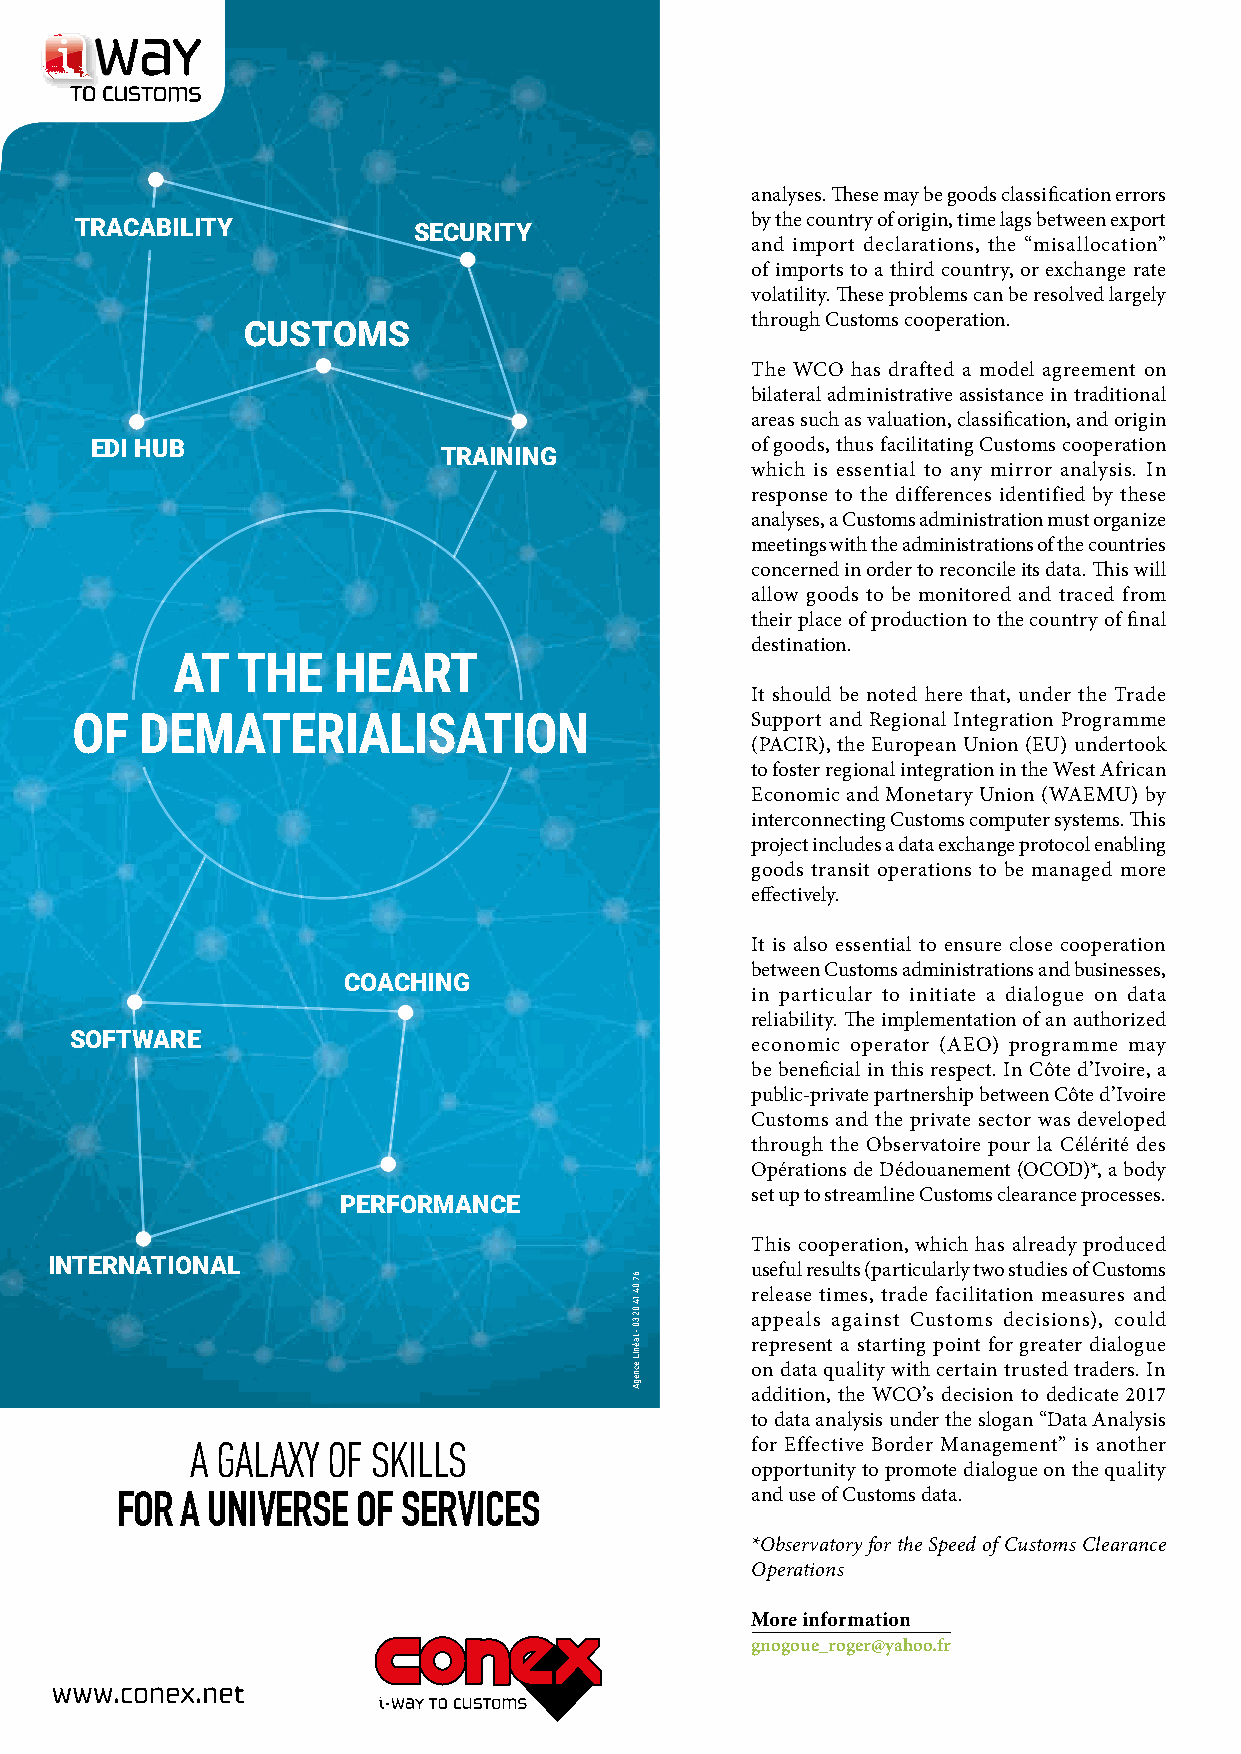
DOSSIER
 analyses. These may be goods classification errors
 TRACABILITY           SECURITY               by the country of origin, time lags between export
 and import declarations, the “misallocation”
 of imports to a third country, or exchange rate
 volatility. These problems can be resolved largely
 through Customs cooperation.
 CUSTOMS
 The WCO has drafted a model agreement on
 bilateral administrative assistance in traditional
 areas such as valuation, classification, and origin
 EDI HUB                                     of goods, thus facilitating Customs cooperation
 TRAINING
 which is essential to any mirror analysis. In
 response to the differences identified by these
 analyses, a Customs administration must organize
 meetings with the administrations of the countries
 concerned in order to reconcile its data. This will
 allow goods to be monitored and traced from
 their place of production to the country of final
 destination.
 AT   THE   HEART
 It should be noted here that, under the Trade
 OF  DEMATERIALISATION                        Support and Regional Integration Programme
 (PACIR), the European Union (EU) undertook
 to foster regional integration in the West African
 Economic and Monetary Union (WAEMU) by
 interconnecting Customs computer systems. This
 project includes a data exchange protocol enabling
 goods transit operations to be managed more
 effectively.
 It is also essential to ensure close cooperation
 between Customs administrations and businesses,
 COACHING
 in particular to initiate a dialogue on data
 reliability. The implementation of an authorized
 SOFTWARE
 economic operator (AEO) programme may
 be beneficial in this respect. In Côte d’Ivoire, a
 public-private partnership between Côte d’Ivoire
 Customs and the private sector was developed
 through the Observatoire pour la Célérité des
 Opérations de Dédouanement (OCOD)*, a body
 set up to streamline Customs clearance processes.
 PERFORMANCE
 This cooperation, which has already produced
 INTERNATIONAL
 useful results (particularly two studies of Customs
 release times, trade facilitation measures and
 appeals against Customs decisions), could
 represent a starting point for greater dialogue
 on data quality with certain trusted traders. In
 addition, the WCO’s decision to dedicate 2017
 to data analysis under the slogan “Data Analysis
 A GALAXY OF SKILLS                   for Effective Border Management” is another
 opportunity to promote dialogue on the quality
 FOR A UNIVERSE  OF SERVICES               and use of Customs data.
 *Observatory for the Speed of Customs Clearance
 Operations
 More information
 gnogoue_roger@yahoo.fr
 18
 67
 04
 14
 02
 30
 - laéniL
 ecnegA